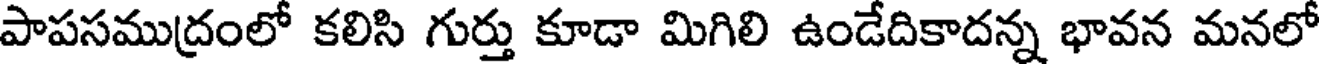
పాపసముద్రంలో కలిసి గుర్తు కూడా మిగిలి ఉండేదికాదన్న భావన మనలో